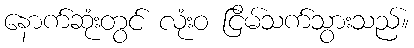
နောက်ဆုံးတွင် လုံးဝ ငြိမ်သက်သွားသည်။